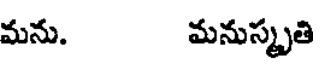
మను. మనుస్మృతి